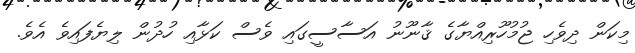
މިކަން ދިވެހި ޖުމުހޫރިއްޔާގެ ޤާނޫނު އަސާސީގައި ވެސް ކަޅާއި ހުދުން ލިޔެފައިވެ އެވެ.